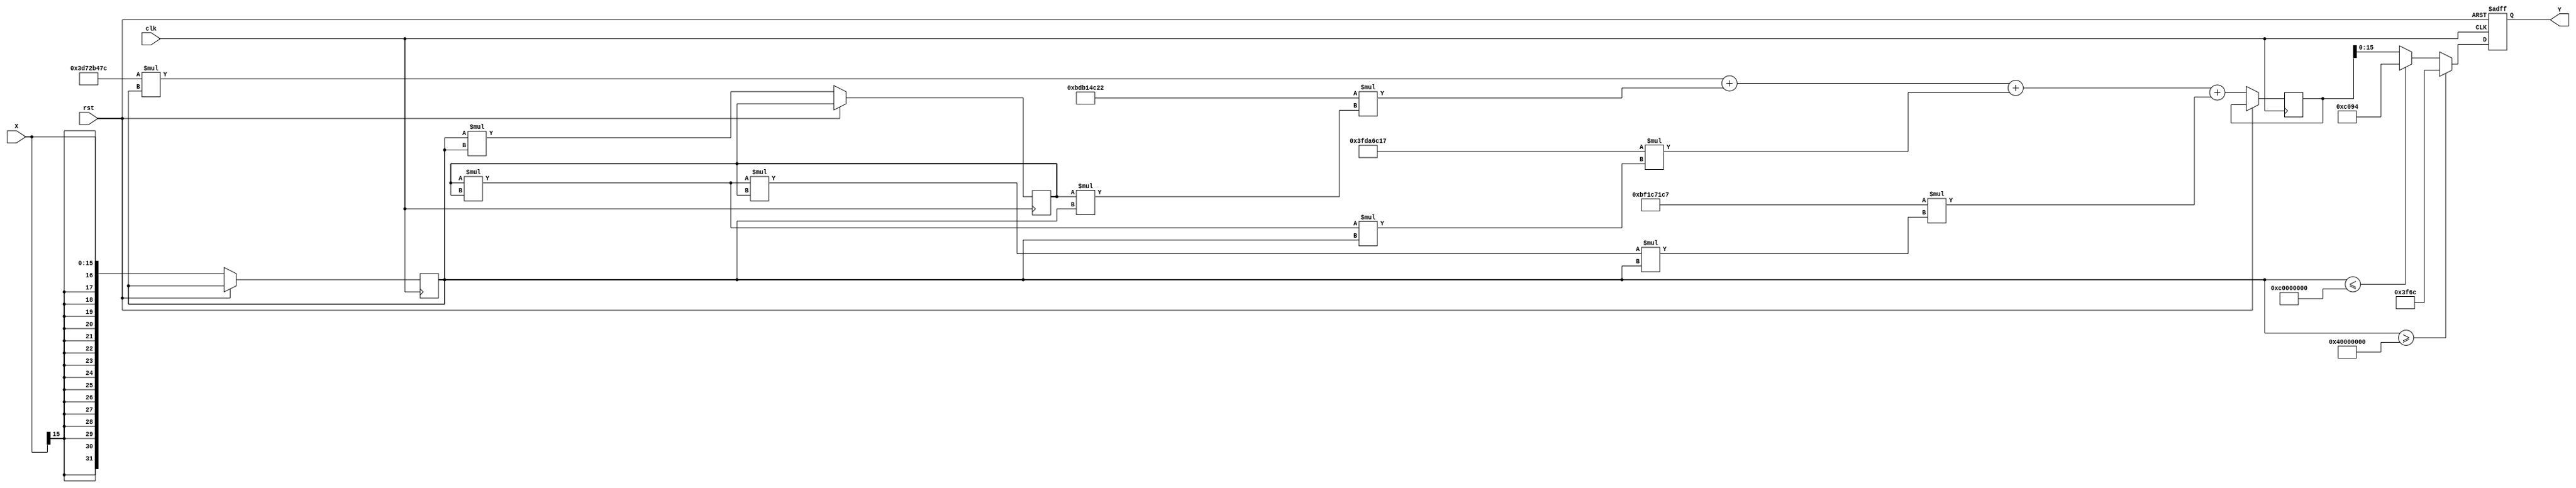
module atan (
    input wire clk,
    input wire rst,
    input wire [15:0] X,          // Fixed-point input, 16-bit
    output reg [15:0] Y           // Fixed-point output, 16-bit
);

    // Constants for polynomial approximation
    parameter K = 1;              // Example scaling factor for input
    parameter PI_OVER_2 = 16'b0000000000001010011111101101100; // /2 in fixed-point (assuming 16-bit)

    reg signed [31:0] x;          // Extended signed input for calculations
    reg signed [31:0] y;          // Extended signed output for calculations
    reg signed [31:0] x_sq;       // x squared for polynomial approximation

    // Polynomial coefficients for atan approximation
    parameter C1 = 32'h3D72B47C;  // 1.0 in fixed-point
    parameter C2 = 32'hBDB14C22;  // -1/3 in fixed-point
    parameter C3 = 32'h3FDA6C17;  // 1/5 in fixed-point
    parameter C4 = 32'hBF1C71C7;  // -1/7 in fixed-point
    
    always @(posedge clk or posedge rst) begin
        if (rst) begin
            Y <= 0;
        end else begin
            // Scale and convert input to signed
            x <= {{16{X[15]}}, X}; // Sign extend to 32 bits

            // Compute x squared
            x_sq <= x * x;

            // Polynomial approximation: y = x + (C2*x^2) + (C3*x^3) + (C4*x^4)
            // Using Horner's method for efficiency
            y <= (C1 * x) + (C2 * (x_sq * x)) + (C3 * (x_sq * x_sq * x)) + (C4 * (x_sq * x_sq * x_sq * x));

            // Handle edge cases: limit output to /2
            if (x >= 32'h40000000) begin // x > 1.0
                Y <= PI_OVER_2;
            end else if (x <= 32'hC0000000) begin // x < -1.0
                Y <= -PI_OVER_2;
            end else begin
                Y <= y[15:0]; // Assign the lower 16 bits of y to output
            end
        end
    end

endmodule